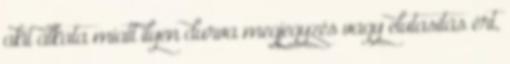
akit alkata miatt ilyen durva megjegyzés vagy elutasítás ért,